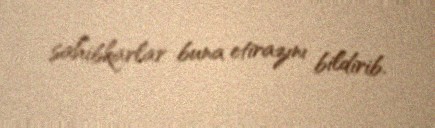
sahibkarlar buna etirazını bildirib.